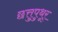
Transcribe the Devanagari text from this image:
छत्तुपुथूर्